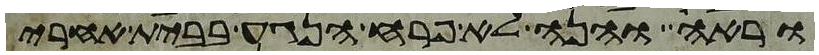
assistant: וראה והנה לא פרח הנגע בבית אחרי